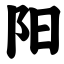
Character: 阳